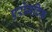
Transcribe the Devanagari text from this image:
एरोमटिक